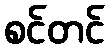
စင်တင်